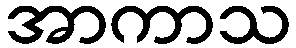
အာကာသ